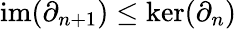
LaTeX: \mathrm{im}(\partial_{n+1})\leq\ker(\partial_{n})